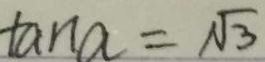
\tan a = \sqrt { 3 }